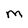
Character: M